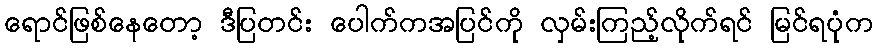
ရောင်ဖြစ်နေတော့ ဒီပြတင်း ပေါက်ကအပြင်ကို လှမ်းကြည့်လိုက်ရင် မြင်ရပုံက